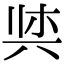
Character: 𫝌